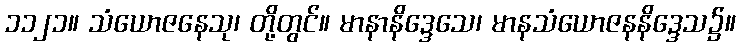
၁၁၂၁။ သံယောဇနေသု၊ တို့တွင်။ မာနာနိဒ္ဒေသေ၊ မာနသံယောဇနနိဒ္ဒေသ၌။